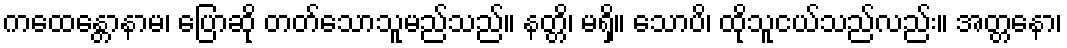
ကထေန္တောနာမ၊ ပြောဆို တတ်သောသူမည်သည်။ နတ္တိ၊ မရှိ။ သောပိ၊ ထိုသူငယ်သည်လည်း။ အတ္တနော၊